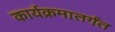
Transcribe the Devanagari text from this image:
कार्यक्रमातर्गंत